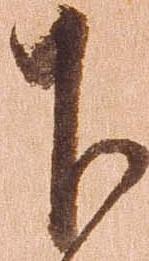
下